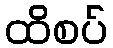
ထိစပ်